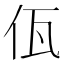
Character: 佤